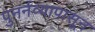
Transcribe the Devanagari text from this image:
पुनर्नव्यापासून